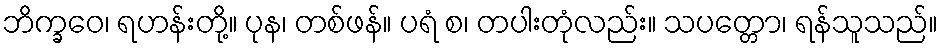
ဘိက္ခဝေ၊ ရဟန်းတို့။ ပုန၊ တစ်ဖန်။ ပရံ စ၊ တပါးတုံလည်း။ သပတ္တော၊ ရန်သူသည်။